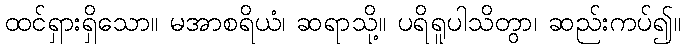
ထင်ရှားရှိသော။ မအာစရိယံ၊ ဆရာသို့။ ပရိရူပါသိတွာ၊ ဆည်းကပ်၍။